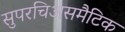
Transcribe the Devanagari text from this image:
सुपरचिअसमैटिक